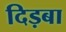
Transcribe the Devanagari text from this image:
दिड़बा